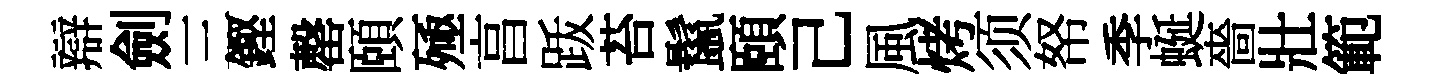
辯劍三鏗罄頤殛亯䟦苔鬣頤己風烤须帑季蜒嗇壯範